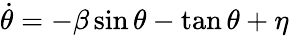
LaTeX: \dot{\theta}=-\beta\sin\theta-\tan\theta+\eta